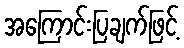
အကြောင်းပြချက်ဖြင့်